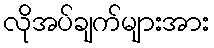
လိုအပ်ချက်များအား